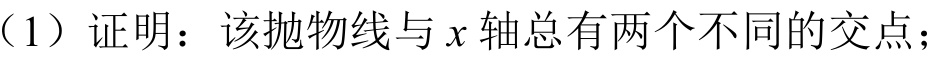
（1）证明：该抛物线与\(x\)轴总有两个不同的交点；